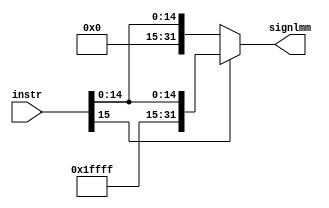
module signextend (

input wire [15:0] instr ,
output reg [31:0] signlmm

);

always @(*)
    begin 
        if (instr[15]==0)
            begin 
                signlmm={16'h0000,instr};
            end
        else 
            begin 
                signlmm={16'hffff,instr};
            end

    end

endmodule